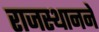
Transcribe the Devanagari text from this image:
राजस्थानने